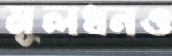
মূলধনও